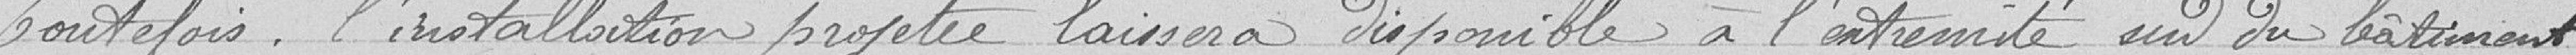
Toutefois, l'installation projetée laissera disponible à l’extrémité  sud du bâtiment